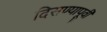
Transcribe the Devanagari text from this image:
दिसण्यापूर्वी